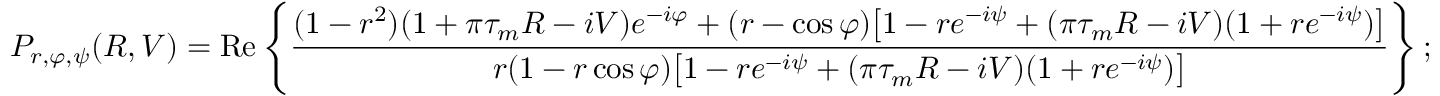
P _ { r , \varphi , \psi } ( R , V ) = \mathrm { R e } \left\{ \frac { ( 1 - r ^ { 2 } ) ( 1 + \pi \tau _ { m } R - i V ) e ^ { - i \varphi } + ( r - \cos \varphi ) \big [ 1 - r e ^ { - i \psi } + ( \pi \tau _ { m } R - i V ) ( 1 + r e ^ { - i \psi } ) \big ] } { r ( 1 - r \cos \varphi ) \big [ 1 - r e ^ { - i \psi } + ( \pi \tau _ { m } R - i V ) ( 1 + r e ^ { - i \psi } ) \big ] } \right\} ;